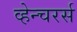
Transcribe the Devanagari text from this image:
व्हेन्चरर्स